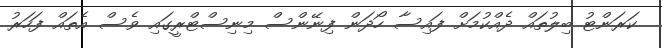
ކަރަންޓު ބިލުތައް ދެއްކުމަށް ފައިސާ ހޯދަން ފިނޭންސް މިނިސްޓްރީގައި ވެސް އެތައް ފަހަރު